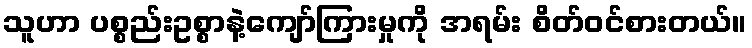
သူဟာ ပစ္စည်းဥစ္စာနဲ့ကျော်ကြားမှုကို အရမ်း စိတ်ဝင်စားတယ်။